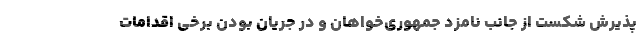
پذیرش شکست از جانب نامزد جمهوری‌خواهان و در جریان بودن برخی اقدامات